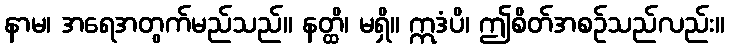
နာမ၊ အရေအတွက်မည်သည်။ နတ္ထိ၊ မရှိ။ ဣဒံပိ၊ ဤစိတ်အစဉ်သည်လည်း။